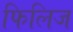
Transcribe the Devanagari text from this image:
फिलिज